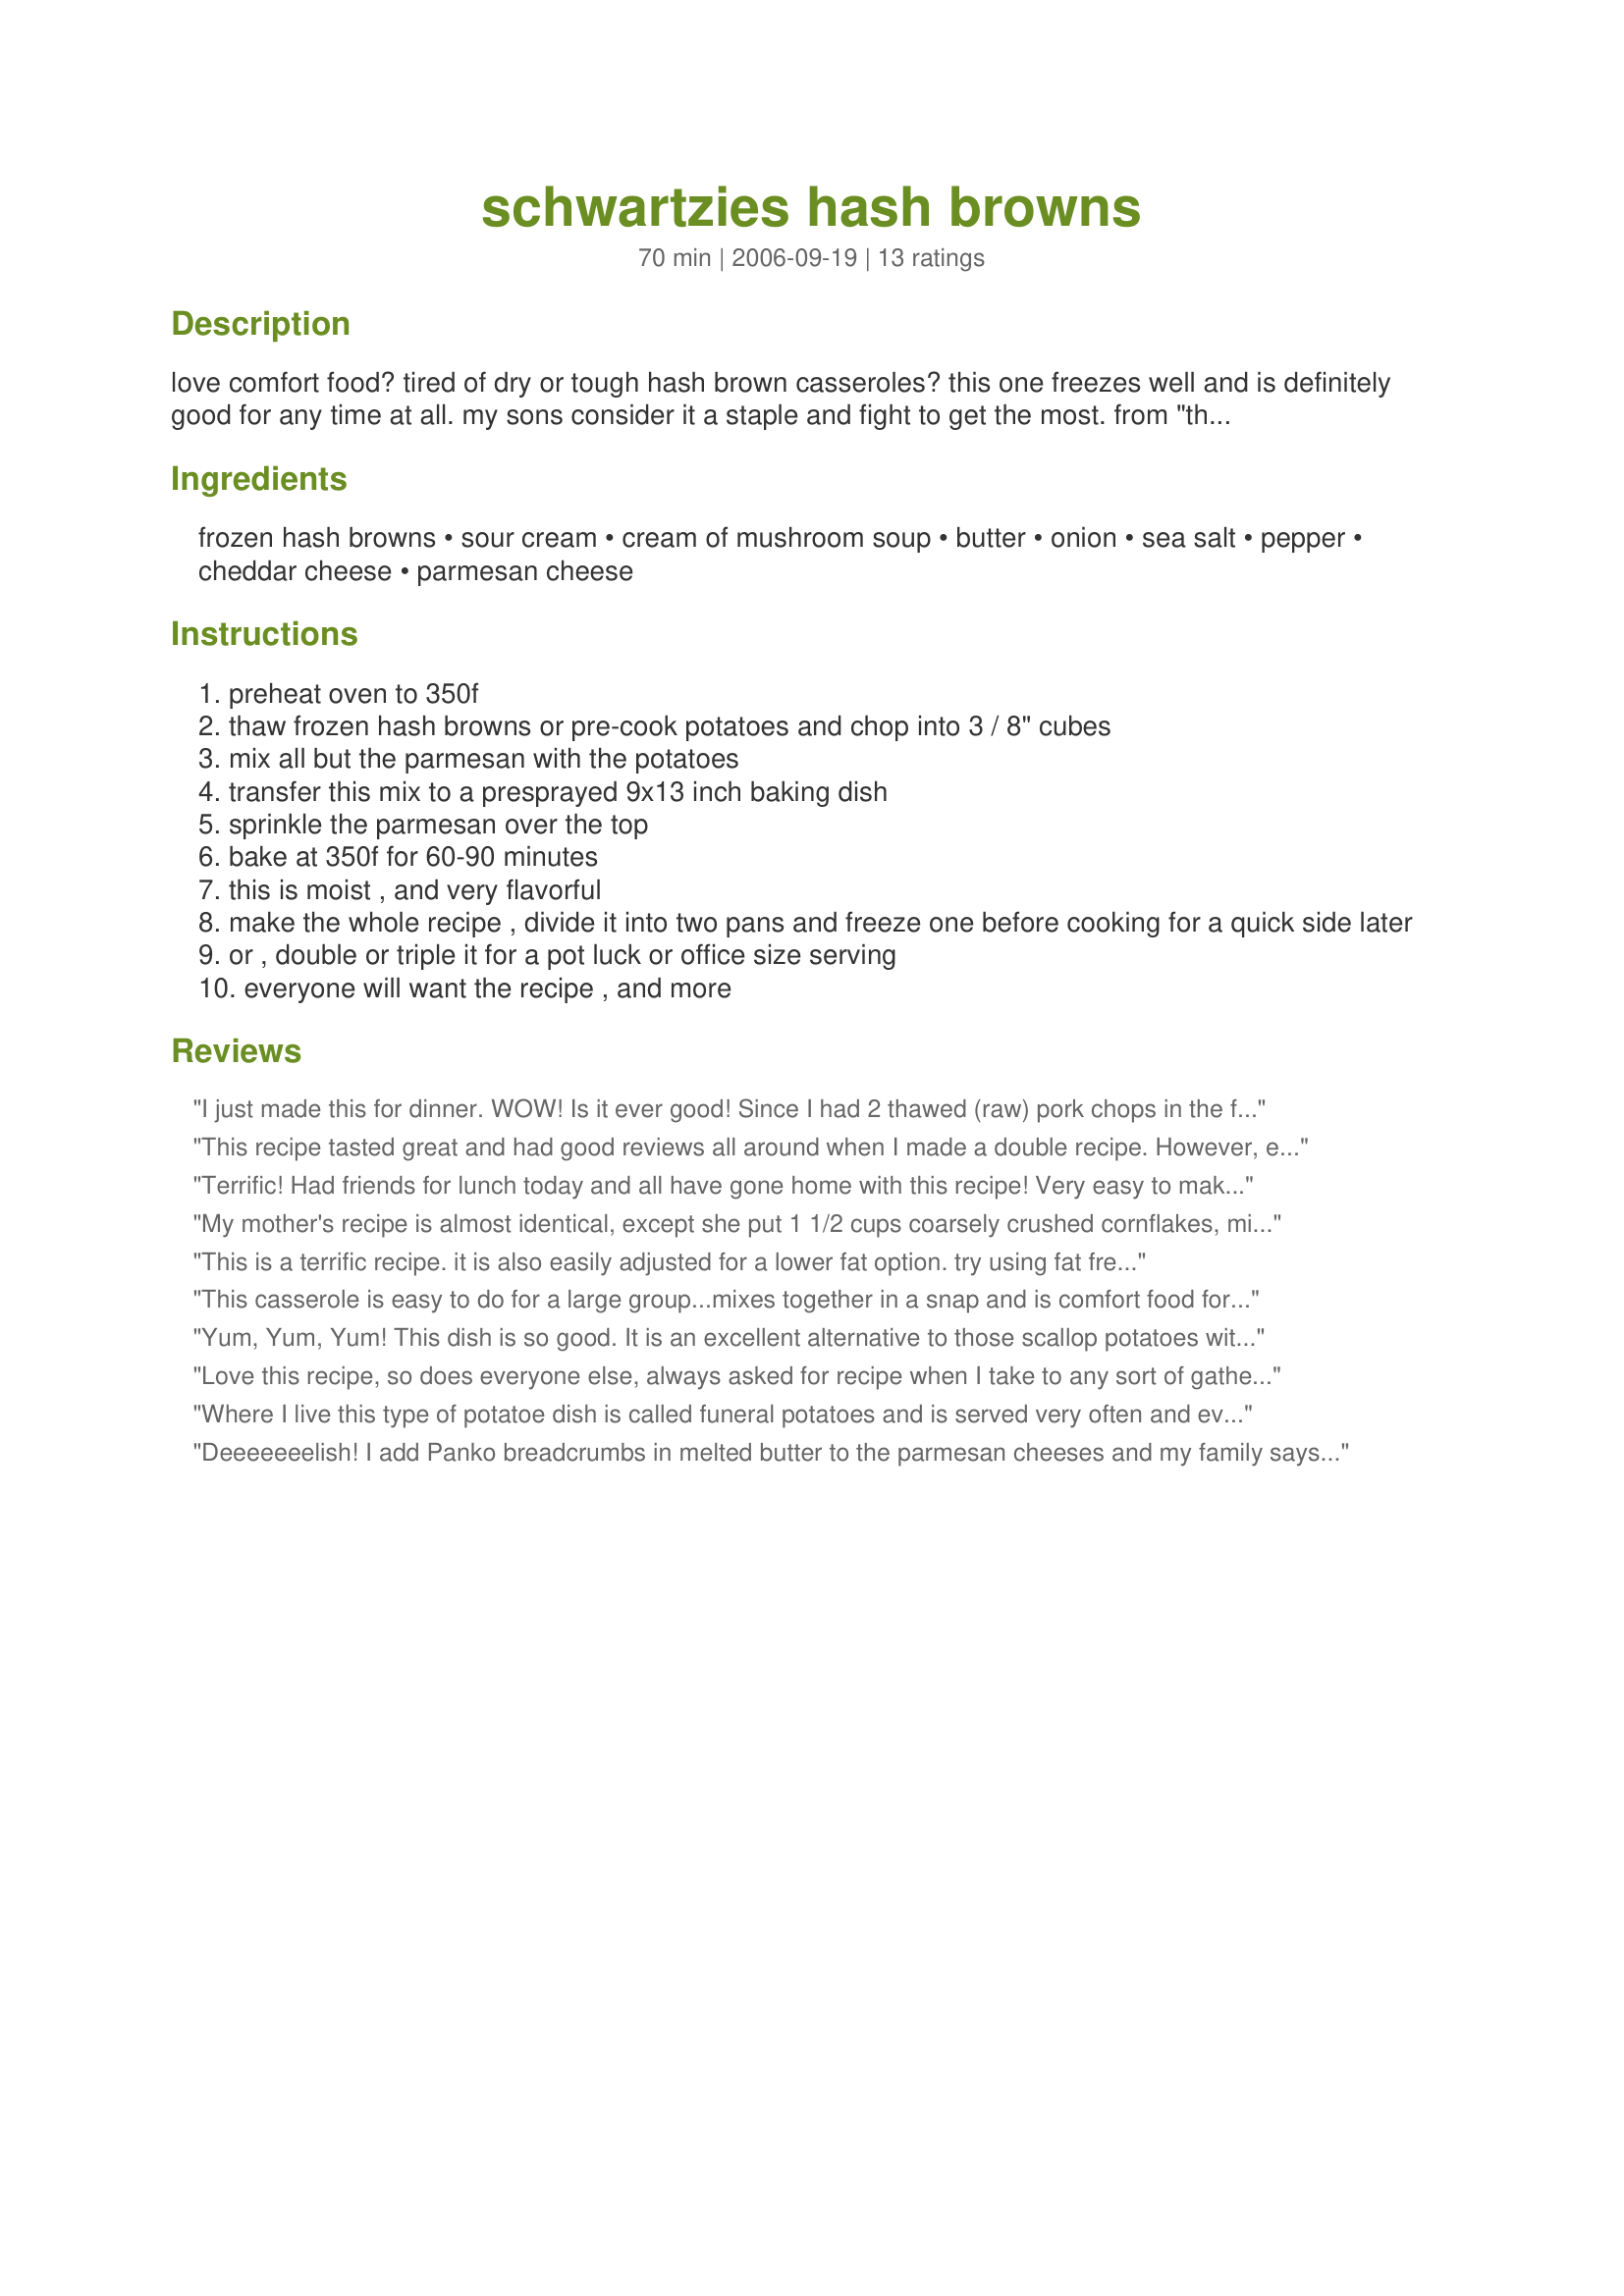
schwartzies hash browns
Preparation time: 70 minutes

love comfort food? tired of dry or tough hash brown casseroles? this one freezes well and is definitely good for any time at all. my sons consider it a staple and fight to get the most. from "the best of bridge" cookbooks

Ingredients:
frozen hash browns, sour cream, cream of mushroom soup, butter, onion, sea salt, pepper, cheddar cheese, parmesan cheese

Steps:
preheat oven to 350f
thaw frozen hash browns or pre-cook potatoes and chop into 3 / 8" cubes
mix all but the parmesan with the potatoes
transfer this mix to a presprayed 9x13 inch baking dish
sprinkle the parmesan over the top
bake at 350f for 60-90 minutes
this is moist , and very flavorful
make the whole recipe , divide it into two pans and freeze one before cooking for a quick side later
or , double or triple it for a pot luck or office size serving
everyone will want the recipe , and more

Reviews:
I just made this for dinner. WOW! Is it ever good! Since I had 2 thawed (raw) pork chops in the fridge that needed to be used, I minced them up & added them to the mixture. All I can say is YUM!!! We will be making this A LOT! 

I did have a substitution to make as our daughter has celiac disease and cannot have the Cr of... soups. I have a gluten free dry mix as a cream of base--so I used the equivilant amount and added the milk I needed to equal the 2 cans. We are so used to doing this, we don't even notice it. If I had it in the house, I would have used 2 cans of Progresso's cream of mushroom soup...it IS gluten free. :o)

THANKS for the recipe! It's a keeper!
This recipe tasted great and had good reviews all around when I made a double recipe. However, even after 1 1/2 hours of baking, it had a lot of oil remaining on top at the end! I ended up having to blot it off once it cooled, otherwise it would have been too greasy. Would definitely make again, but I might omit the butter entirely.
Terrific! Had friends for lunch today and all have gone home with this recipe! Very easy to make, I put this in the crock pot while getting everything else ready. (High for 1 hour, then low for 2) They came out perfect! Thank you for the get post!!! I made this for Fall PAC 2008.
My mother's recipe is almost identical, except she put 1 1/2 cups coarsely crushed cornflakes, mixed with 2 T butter on the top for a crispier top. One of those dishes for a potluck that never has leftovers.
This is a terrific recipe. it is also easily adjusted for a lower fat option.

try using fat free sour cream, low fat cheese and low fat cream of celery or broccoli soup (sorry I'm not a mushroom fan).

has been a hit at every potluck i Have been to in the last year.
This casserole is easy to do for a large group...mixes together in a snap and is comfort food for all! The recipe can be cut in half quite easly. I have been using this recipe for years, but somehow had not got around to posting a comment about it (my bad!!!)! You can't go wrong on this one!!!
Yum, Yum, Yum! This dish is so good. It is an excellent alternative to those scallop potatoes with a ham dinner. Thanks Leslie, I had been looking for this recipe.
Love this recipe, so does everyone else, always asked for recipe when I take to any sort of gathering
Where I live this type of potatoe dish is called funeral potatoes and is served very often and everyone has their own recipe. This is w/o a doubt the best I've ever eaten. The parm cheese puts it over the top! That said, I must confess that everything was in the bowl, except the sour cream and oh my gosh, I didn't have any! So I subbed ranch dressing. I also used country style hashbrowns. This recipe is IT! I will never bother using another recipe. Greatest compliment of course was hubby mmming when he'd take a bite! Thanks Laurel
Deeeeeeelish! I add Panko breadcrumbs in melted butter to the parmesan cheeses and my family says it's even yummier that way. :)
Like many of you, I've been making this casserole for many years. This has probably been my most requested side dish. In fact, I made it so often I grew sick of it and did not make it for some time. This recipe adapts to differing tastes very well, although I do not like to use shredded potatoes; the "country" or "bulkier" hash browns work better for me. I often make this with low fat soups and sour cream and it's great! O'Brien potatoes are good as well. I use one can of cream of potato soup and one can of cream of mushroom. The BEST part, however, is that I add a nice layer of toasted sesame seeds atop the parmesan cheese, and I bake it at a mere 300 degrees for 2 plus hours - uncovered! Very, very good! You can't go wrong with this recipe.
My "new" potato casserole!!
This is much creamier and tastier than other similar recipes. The 2 cans of soup make all the difference. I used "O'Brian Hash Browns", that have onions and peppers already in them. Loved the idea of the parmesan on top. Used Parmesano Reggiano and mixed with some Panko Bread Crumbs and a little Melted butter. YUMMM.:-)
This is a great recipe and always a favourite at all family functions.I was invited to a New Years party and this recipe was the requested dish from the hostess. At the end of the night, there are always requests for copies of the recipe, I know make sure I make copies and take them to the party with me. Great dish for young and old~everyone loves it !!
